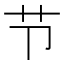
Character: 节